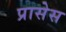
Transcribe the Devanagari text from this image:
प्रासेस